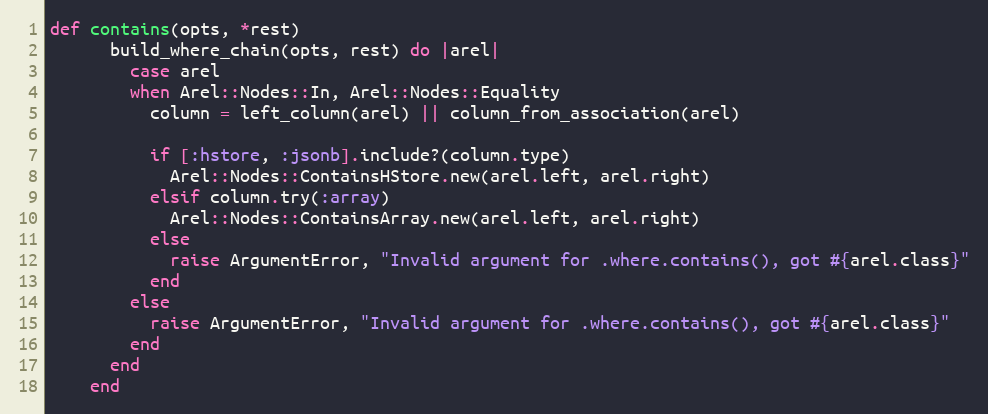
Language: Ruby
def contains(opts, *rest)
      build_where_chain(opts, rest) do |arel|
        case arel
        when Arel::Nodes::In, Arel::Nodes::Equality
          column = left_column(arel) || column_from_association(arel)

          if [:hstore, :jsonb].include?(column.type)
            Arel::Nodes::ContainsHStore.new(arel.left, arel.right)
          elsif column.try(:array)
            Arel::Nodes::ContainsArray.new(arel.left, arel.right)
          else
            raise ArgumentError, "Invalid argument for .where.contains(), got #{arel.class}"
          end
        else
          raise ArgumentError, "Invalid argument for .where.contains(), got #{arel.class}"
        end
      end
    end